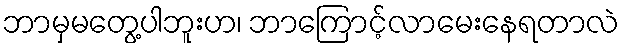
ဘာမှမတွေ့ပါဘူးဟ၊ ဘာကြောင့်လာမေးနေရတာလဲ